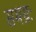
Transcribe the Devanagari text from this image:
समग्रः